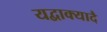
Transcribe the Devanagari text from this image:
यद्वाक्यादै